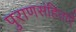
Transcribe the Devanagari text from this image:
पुराणसंहिताएँ